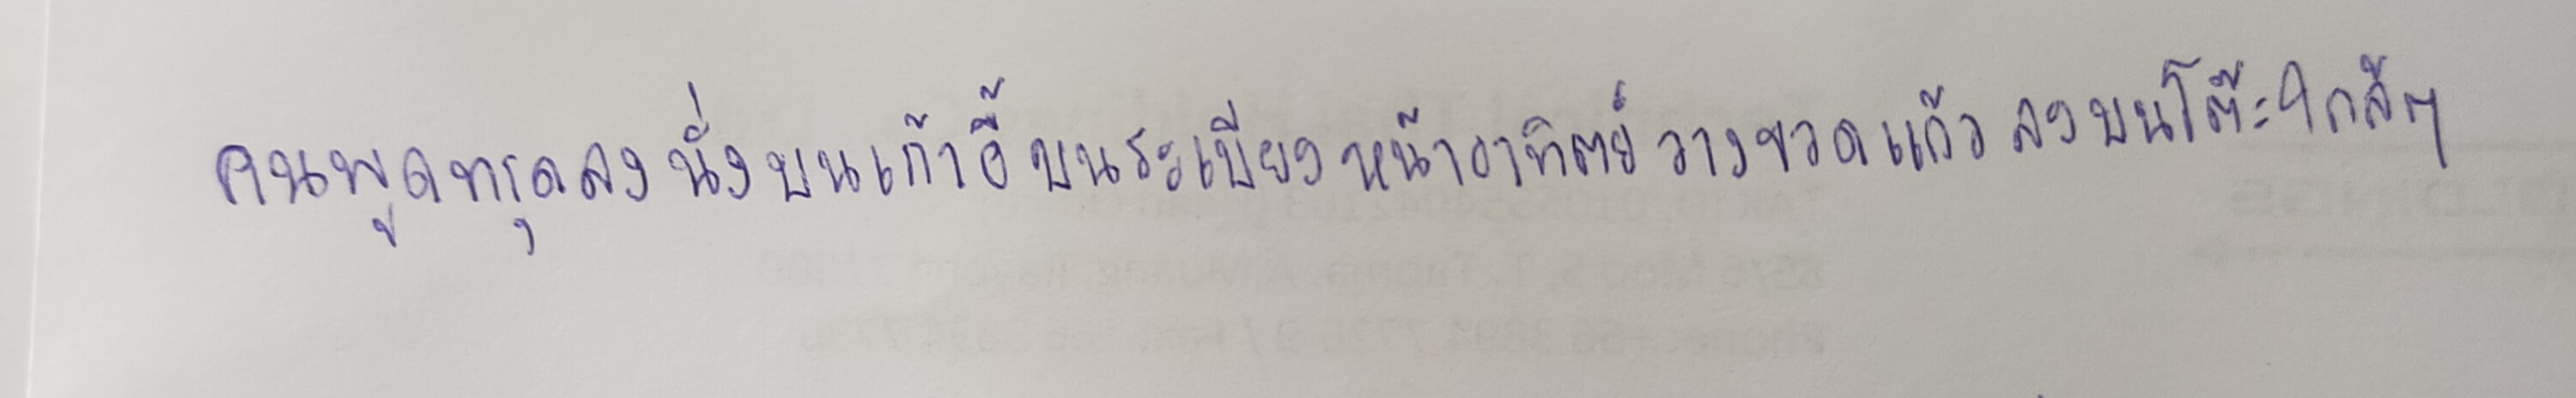
คนพูดทรุดลงนั่งบนเก้าอี้บนระเบียงหน้าอาทิตย์วางขวดแก้วลงบนโต๊ะใกล้ๆ